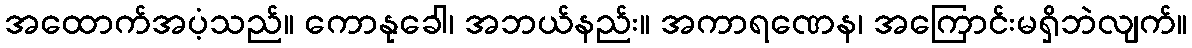
အထောက်အပံ့သည်။ ကောနုခေါ၊ အဘယ်နည်း။ အကာရဏေန၊ အကြောင်းမရှိဘဲလျက်။